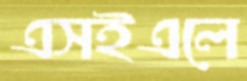
এসইএলে